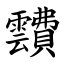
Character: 靅